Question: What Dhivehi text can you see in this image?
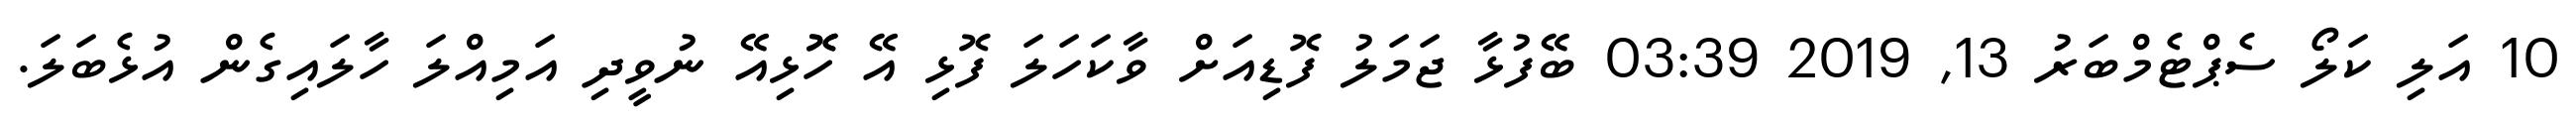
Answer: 10 އަލި ކަލޯ ސެޕްޓެމްބަރު 13, 2019 03:39 ބޭފުޅާ ޖަމަލު ފޮޑިއަށް ވާކަހަލަ ފޮޅި އޭ ހޮޮޅިއޭ ނުވީދި އަމިއްލަ ހާލައިގެން އުޅެބަލަ.